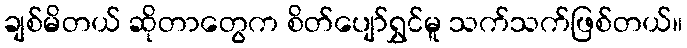
ချစ်မိတယ် ဆိုတာတွေက စိတ်ပျော်ရွှင်မူ သက်သက်ဖြစ်တယ်။